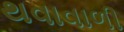
થવાવાળી